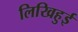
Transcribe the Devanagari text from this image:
लिखिहुई